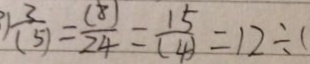
) \frac { 3 } { ( 5 ) } = \frac { ( 8 ) } { 2 4 } = \frac { 1 5 } { ( 4 ) } = 1 2 \div (